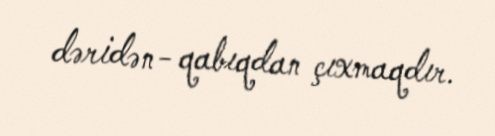
dəridən- qabıqdan çıxmaqdır.